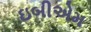
ઇબીએમ